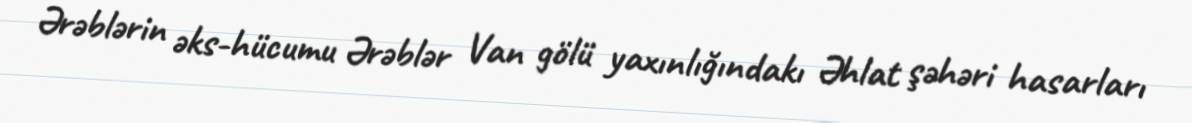
Ərəblərin əks-hücumu Ərəblər Van gölü yaxınlığındakı Əhlat şəhəri hasarları